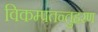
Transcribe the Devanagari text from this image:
विकम्पतन्तुहरण